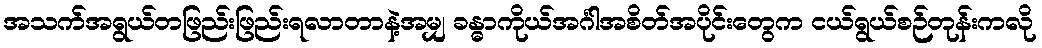
အသက်အရွယ်တဖြည်းဖြည်းရလာတာနဲ့အမျှ ခန္ဓာကိုယ်အင်္ဂါအစိတ်အပိုင်းတွေက ငယ်ရွယ်စဉ်တုန်းကလို